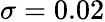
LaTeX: \sigma=0.02